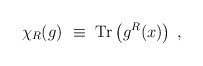
\begin{align*}\chi_R(g)~\equiv~{\rm Tr}\left( g^R(x) \right) \; ,\end{align*}